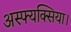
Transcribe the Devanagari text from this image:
अस्फ्यक्सिया।